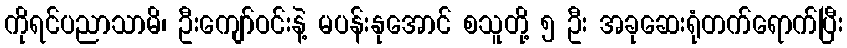
ကိုရင်ပညာသာမိ၊ ဦးကျော်ဝင်းနဲ့ မပန်းနုအောင် စသူတို့ ၅ ဦး အခုဆေးရုံတက်ရောက်ပြီး